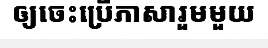
ឲ្យចេះប្រើភាសារួមមួយ